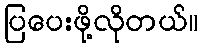
ပြပေးဖို့လိုတယ်။